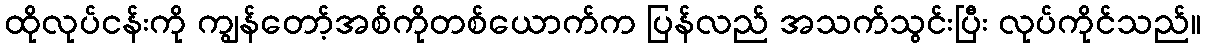
ထိုလုပ်ငန်းကို ကျွန်တော့်အစ်ကိုတစ်ယောက်က ပြန်လည် အသက်သွင်းပြီး လုပ်ကိုင်သည်။